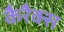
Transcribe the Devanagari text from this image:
कैरैक्स